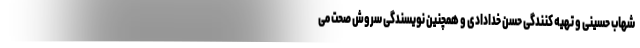
شهاب حسینی و تهیه کنندگی حسن خدادادی و همچنین نویسندگی سروش صحت می